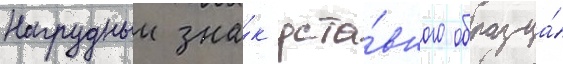
Нагрудныи зна́к уста́вного образца́